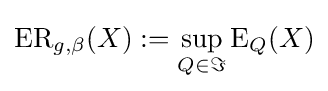
{\text{ER}}_{g,\beta }(X):=\sup _{Q\in \Im }{\text{E}}_{Q}(X)